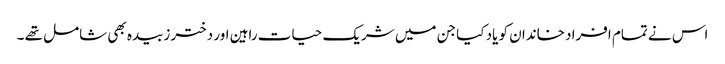
اس نے تمام افراد خاندان کو یاد کیا جن میں شریک حیات راہین اور دختر زبیدہ بھی شامل تھے ۔